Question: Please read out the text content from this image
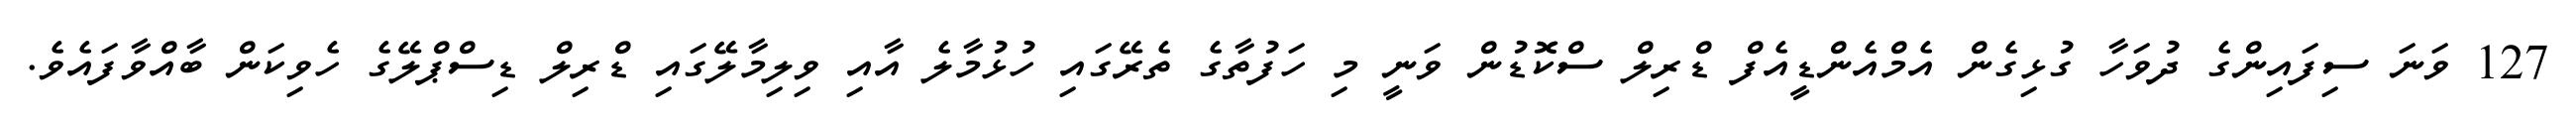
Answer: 127 ވަނަ ސިފައިންގެ ދުވަހާ ގުޅިގެން އެމްއެންޑީއެފް ޑްރިލް ސްކޮޑުން ވަނީ މި ހަފުތާގެ ތެރޭގައި ހުޅުމާލެ އާއި ވިލިމާލޭގައި ޑްރިލް ޑިސްޕްލޭގެ ހެވިކަން ބާއްވާފައެވެ.